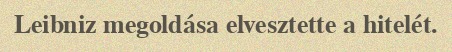
Leibniz megoldása elvesztette a hitelét.